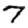
Digit: 7